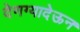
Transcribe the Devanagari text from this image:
देणग्यादेऊन